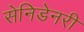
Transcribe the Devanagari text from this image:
सेनिडेनरी